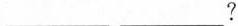
___ ___ ?